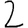
Digit: 2